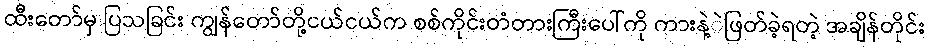
ထီးတော်မှ ပြသခြင်း ကျွန်တော်တို့ငယ်ငယ်က စစ်ကိုင်းတံတားကြီးပေါ်ကို ကားနဲ့ဲဖြတ်ခဲ့ရတဲ့ အချိန်တိုင်း